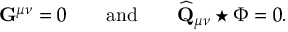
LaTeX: \mathbf { G } ^ { \mu \nu } = 0 \qquad \mathrm { a n d } \qquad \widehat { \mathbf { Q } } _ { \mu \nu } \star \Phi = 0 .